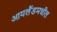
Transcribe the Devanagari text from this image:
आयर्लॅडमधील